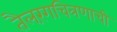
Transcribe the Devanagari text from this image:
तैलरंगचित्रणाची